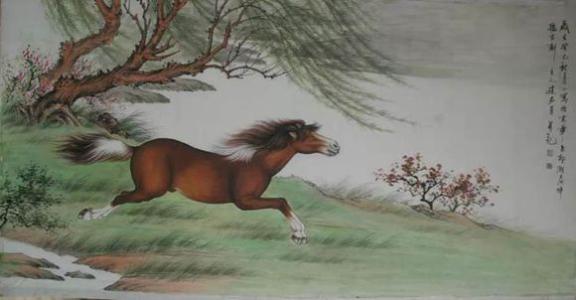
何当金络脑，快走踏清秋。